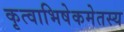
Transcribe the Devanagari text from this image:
कृत्वाभिषेकमेतस्य